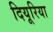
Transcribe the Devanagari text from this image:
दियूरिया